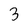
Character: 3